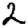
Digit: 2